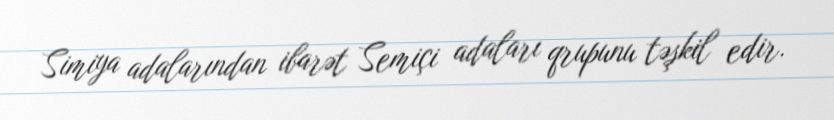
Simiya adalarından ibarət Semiçi adaları qrupunu təşkil edir.